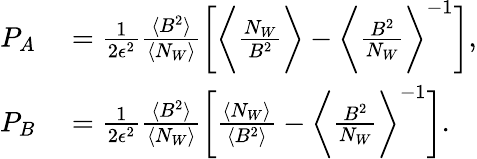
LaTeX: \begin{array}{rl}{P_{A}}&{{}=\frac{1}{2\epsilon^{2}}\frac{\langle B^{2}\rangle}{\langle N_{W}\rangle}\bigg[\bigg\langle\frac{N_{W}}{B^{2}}\bigg\rangle-\bigg\langle\frac{B^{2}}{N_{W}}\bigg\rangle^{-1}\bigg],}\\ {P_{B}}&{{}=\frac{1}{2\epsilon^{2}}\frac{\langle B^{2}\rangle}{\langle N_{W}\rangle}\bigg[\frac{\langle N_{W}\rangle}{\langle B^{2}\rangle}-\bigg\langle\frac{B^{2}}{N_{W}}\bigg\rangle^{-1}\bigg].}\end{array}